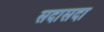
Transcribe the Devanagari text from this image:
सदासदा